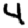
Digit: 4